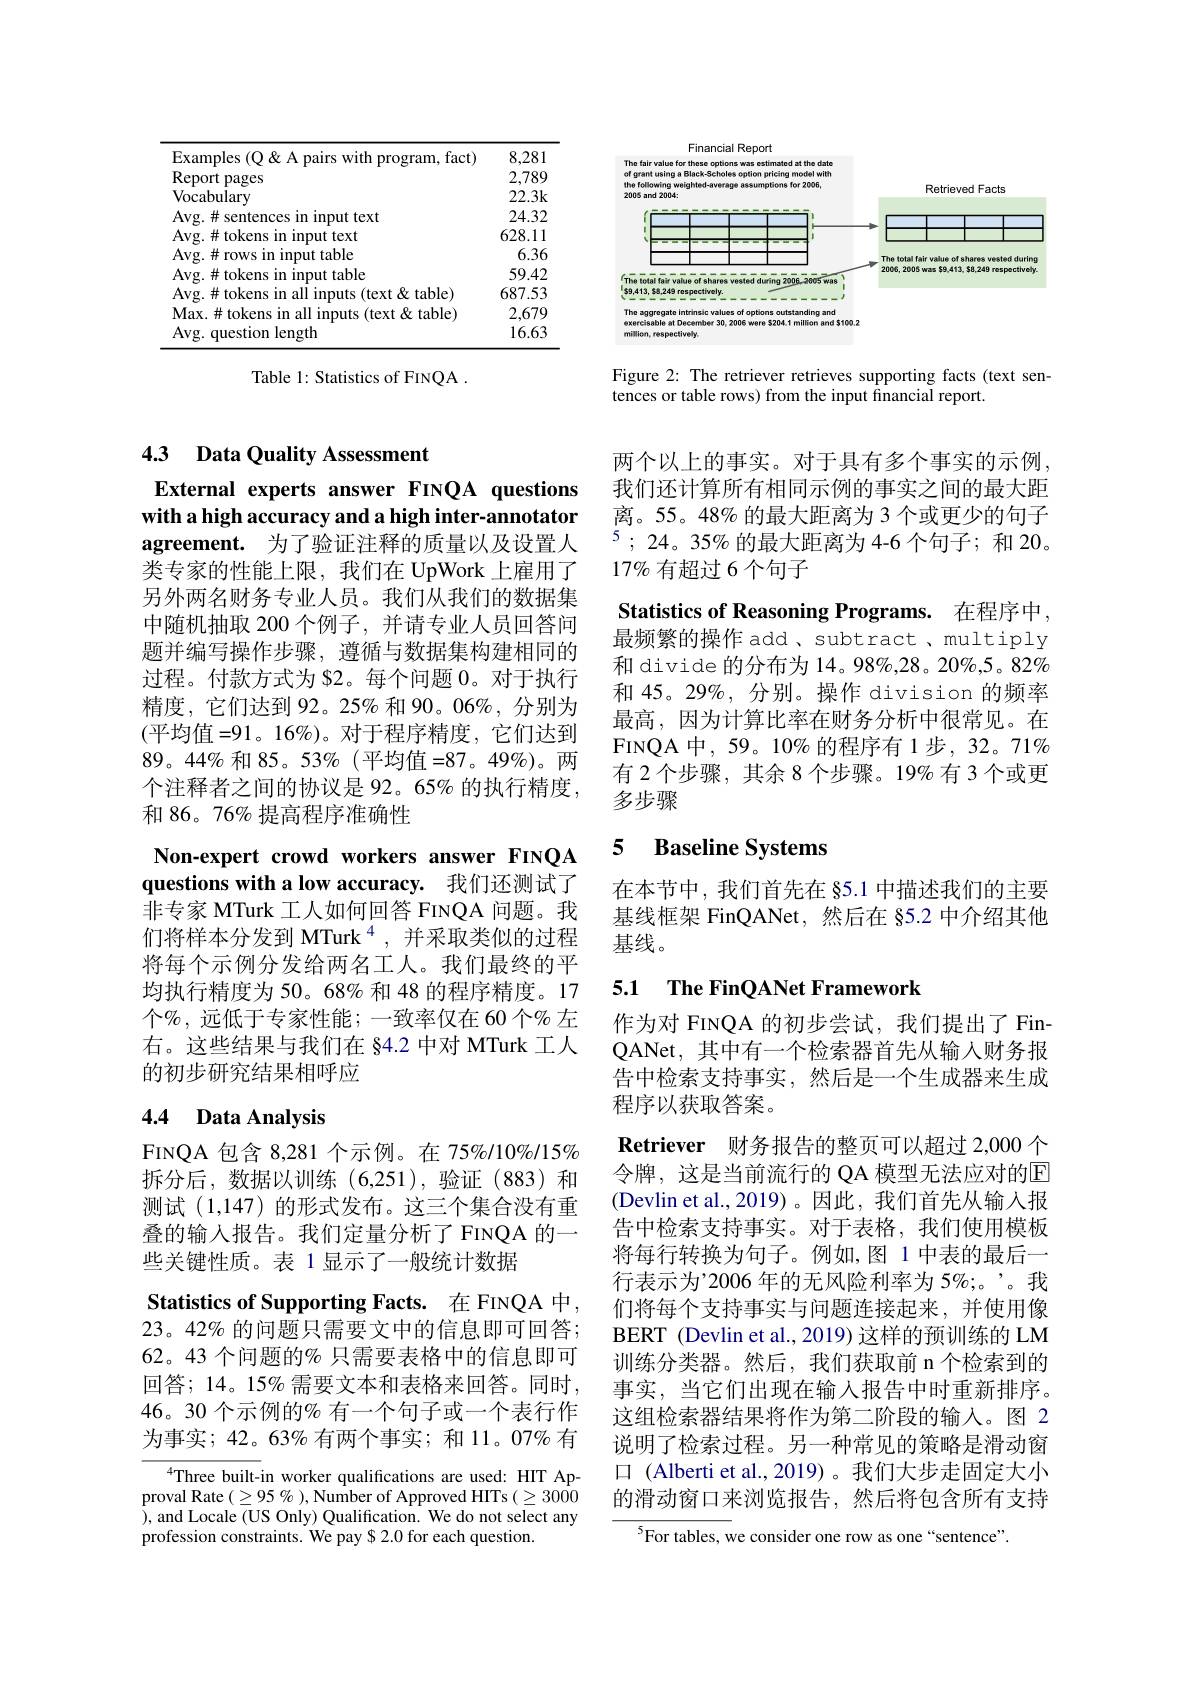
<table>
	<tbody>
		<tr>
			<td>Examples (O& A pairs with program, fact)</td>
			<td>8,281</td>
		</tr>
		<tr>
			<td>Report pages</td>
			<td>2,789</td>
		</tr>
		<tr>
			<td>${\mathrm{Vocabulary}}$</td>
			<td>22.3k</td>
		</tr>
		<tr>
			<td>$\cdot\mathbf{f}$ innit $\mathbf{fext}$</td>
			<td>24.32</td>
		</tr>
		<tr>
			<td>Avg.#tokens in input text</td>
			<td>628.11</td>
		</tr>
		<tr>
			<td>Avg.#rows in input table</td>
			<td>6.36</td>
		</tr>
		<tr>
			<td>In t table</td>
			<td>59.42</td>
		</tr>
		<tr>
			<td>Avg.#tokens in all inputs (text&table)</td>
			<td>687.53</td>
		</tr>
		<tr>
			<td>Max. $\#$tokens in all inputs ( text $\&$ table) </td>
			<td>2,679</td>
		</tr>
		<tr>
			<td>Avg. question length</td>
			<td>16.63</td>
		</tr>
	</tbody>
</table>

Table 1: Statistics of FINQA .

## 4.3 Data Quality Assessment

External experts answer FINQA questions with a high accuracy and a high inter-annotator agreement. 为了验证注释的质量以及设置人

类专家的性能上限，我们在 UpWork 上雇用了另外两名财务专业人员。我们从我们的数据集中随机抽取 200 个例子，并请专业人员回答问题并编写操作步骤，遵循与数据集构建相同的过程。付款方式为 S2。每个问题 0。对于执行精度，它们达到 92。25% 和 90。06%, 分别为(平均值=91。16%)。对于程序精度，它们达到$89。44\%$和 85。53%(平均值=87。49%)。两个注释者之间的协议是 92。65% 的执行精度， 和 86。76% 提高程序准确性

Non-expert crowd workers answer FINQA questions with a low accuracy. 我们还测试了

非专家 MTurk 工人如何回答 FINQA 问题。我们将样本分发到 MTurk $^{4}$,并采取类似的过程将每个示例分发给两名工人。我们最终的平均执行精度为 50。68% 和 48 的程序精度。17个$\%$,远低于专家性能；一致率仅在60个%左右。这些结果与我们在 §4.2 中对 MTurk 工人的初步研究结果相呼应

## 4.4 Data Analysis

FINQA 包含 8,281 个示例。在 75%/10%/15% 拆分后，数据以训练(6,251),验证(883)和测试(1,147)的形式发布。这三个集合没有重叠的输入报告。我们定量分析了 FINQA 的一些关键性质。表 1 显示了一般统计数据
Statistics of Supporting Facts. 在 FINQA 中$23。42\%$ 的问题只需要文中的信息即可回答； 62。43 个问题的% 只需要表格中的信息即可回答；14。15% 需要文本和表格来回答。同时， 46。30个示例的% 有一个句子或一个表行作为事实；42。63%有两个事实；和11。07% 有
$^{4}$Three built-in worker qualifications are used: HIT Ap-

proval Rate $(\geq95\%)$, Number of Approved HITs $(\geq3000$ ) , and Locale ( US Only) Qualification. We do not select any profession constraints. We pay $2.0 for each question.

<FigureHere>

Figure 2: The retriever retrieves supporting facts (text sen-
tences or table rows) from the input financial report.

两个以上的事实。对于具有多个事实的示例我们还计算所有相同示例的事实之间的最大距离。55。48%的最大距离为 3 个或更少的句子$^{5};24。35\%$的最大距离为 4-6 个句子；和 20。$17\%$有超过 6个句子

Statistics of Reasoning Programs. 在程序中， 最频繁的操作 add 、subtract 、multiply 和 divide 的分布为 14。98%,28。20%,5。82% 和 45。29%, 分别。操作 division 的频率最高，因为计算比率在财务分析中很常见。在FINQA中，59。10%的程序有1步，32。71% 有 2 个步骤，其余 8 个步骤。19% 有 3 个或更多步骤

### 5 $\textbf{Baseline Systems}$

在本节中，我们首先在 §5.1 中描述我们的主要基线框架 FinQANet,然后在 §5.2 中介绍其他基线。

## 5.1 The FinQANet Framework

作为对 FINQA 的初步尝试，我们提出了 FinQANet, 其中有一个检索器首先从输入财务报告中检索支持事实，然后是一个生成器来生成程序以获取答案。

Retriever 财务报告的整页可以超过 2,000 个令牌，这是当前流行的 QA 模型无法应对的E (Devlin et al., 2019)。因此，我们首先从输入报告中检索支持事实。对于表格，我们使用模板将每行转换为句子。例如，图 1 中表的最后一行表示为’2006 年的无风险利率为 5%;。”。我们将每个支持事实与问题连接起来，并使用像BERT (Devlin et al., 2019) 这样的预训练的 LM 训练分类器。然后，我们获取前 n 个检索到的事实，当它们出现在输入报告中时重新排序。这组检索器结果将作为第二阶段的输入。图 2说明了检索过程。另一种常见的策略是滑动窗口 (Alberti et al., 2019) 。我们大步走固定大小的滑动窗口来浏览报告，然后将包含所有支持

${^{5}\text{For tables, we consider one row as one“sentence”}}.$